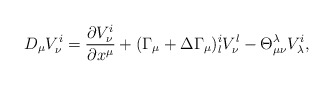
\begin{align*}D_{\mu}V_{\nu}^{i} = \frac{\partial V_{\nu}^{i}}{\partial x^{\mu}} + (\Gamma_{\mu} + \Delta\Gamma_{\mu })_{l}^{i} V_{\nu}^{l} -\Theta_{\mu\nu}^{\lambda}V_{\lambda}^{i},\end{align*}